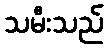
သမီးသည်